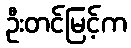
ဦးတင်မြင့်က